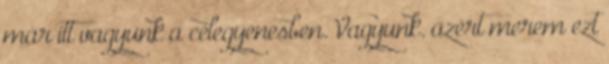
már itt vagyunk a célegyenesben. Vagyunk. azért merem ezt